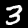
Label: 3